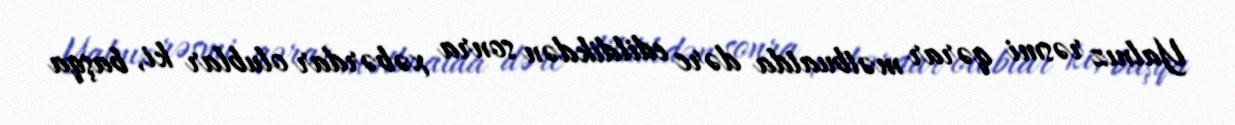
Yalnız rəsmi qərar mətbuatda dərc edildikdən sonra xəbərdar olublar ki, başqa